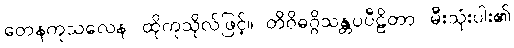
တေနကုသလေန၊ ထိုကုသိုလ်ဖြင့်။ တိဝိဓဂ္ဂိသန္တပပီဠိတာ၊ မီးသုံးပါး၏